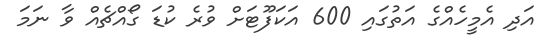
އަދި އެމީހެއްގެ އަތުގައި 600 އަކަފޫޓަށް ވުރެ ކުޑަ ގޯއްޗެއް ވާ ނަމަ